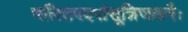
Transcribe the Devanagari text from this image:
चलितपदपांसून्निजकरैः